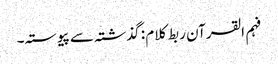
فہم القرآن ربط کلام : گذشتہ سے پیوستہ۔